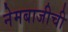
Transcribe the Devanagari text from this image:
नेमबाजीची